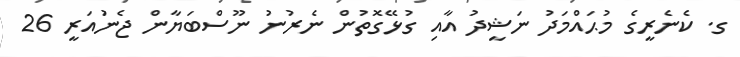
ގ. ކެނެރީގެ މުޙައްމަދު ނަޝީދު އާއި ގުޅޭގޮތުން ނެރުނު ނޫސްބަޔާން ޖެނުައަރީ 26